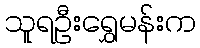
သူရဦးရွှေမန်းက